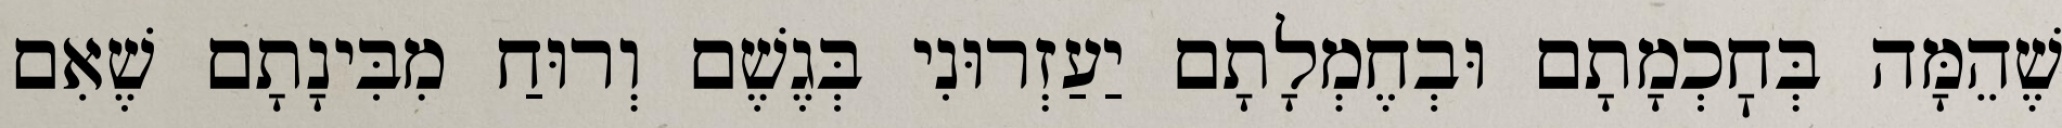
שֶׁהֵמָּה בְּחׇכְמָתָם וּבְחֶמְלָתָם יַעַזְרוּנִי בְּגֶשֶׁם וְרוּחַ מִבִּינָתָם שֶׁאִם